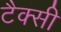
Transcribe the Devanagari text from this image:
टैक्सी